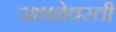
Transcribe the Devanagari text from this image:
जावळेवस्ती